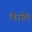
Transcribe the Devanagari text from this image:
विरलि